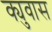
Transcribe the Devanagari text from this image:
क्युवास